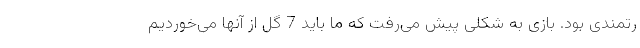
رتمندی بود. بازی به شکلی پیش می‌رفت که ما باید 7 گل از آنها می‌خوردیم